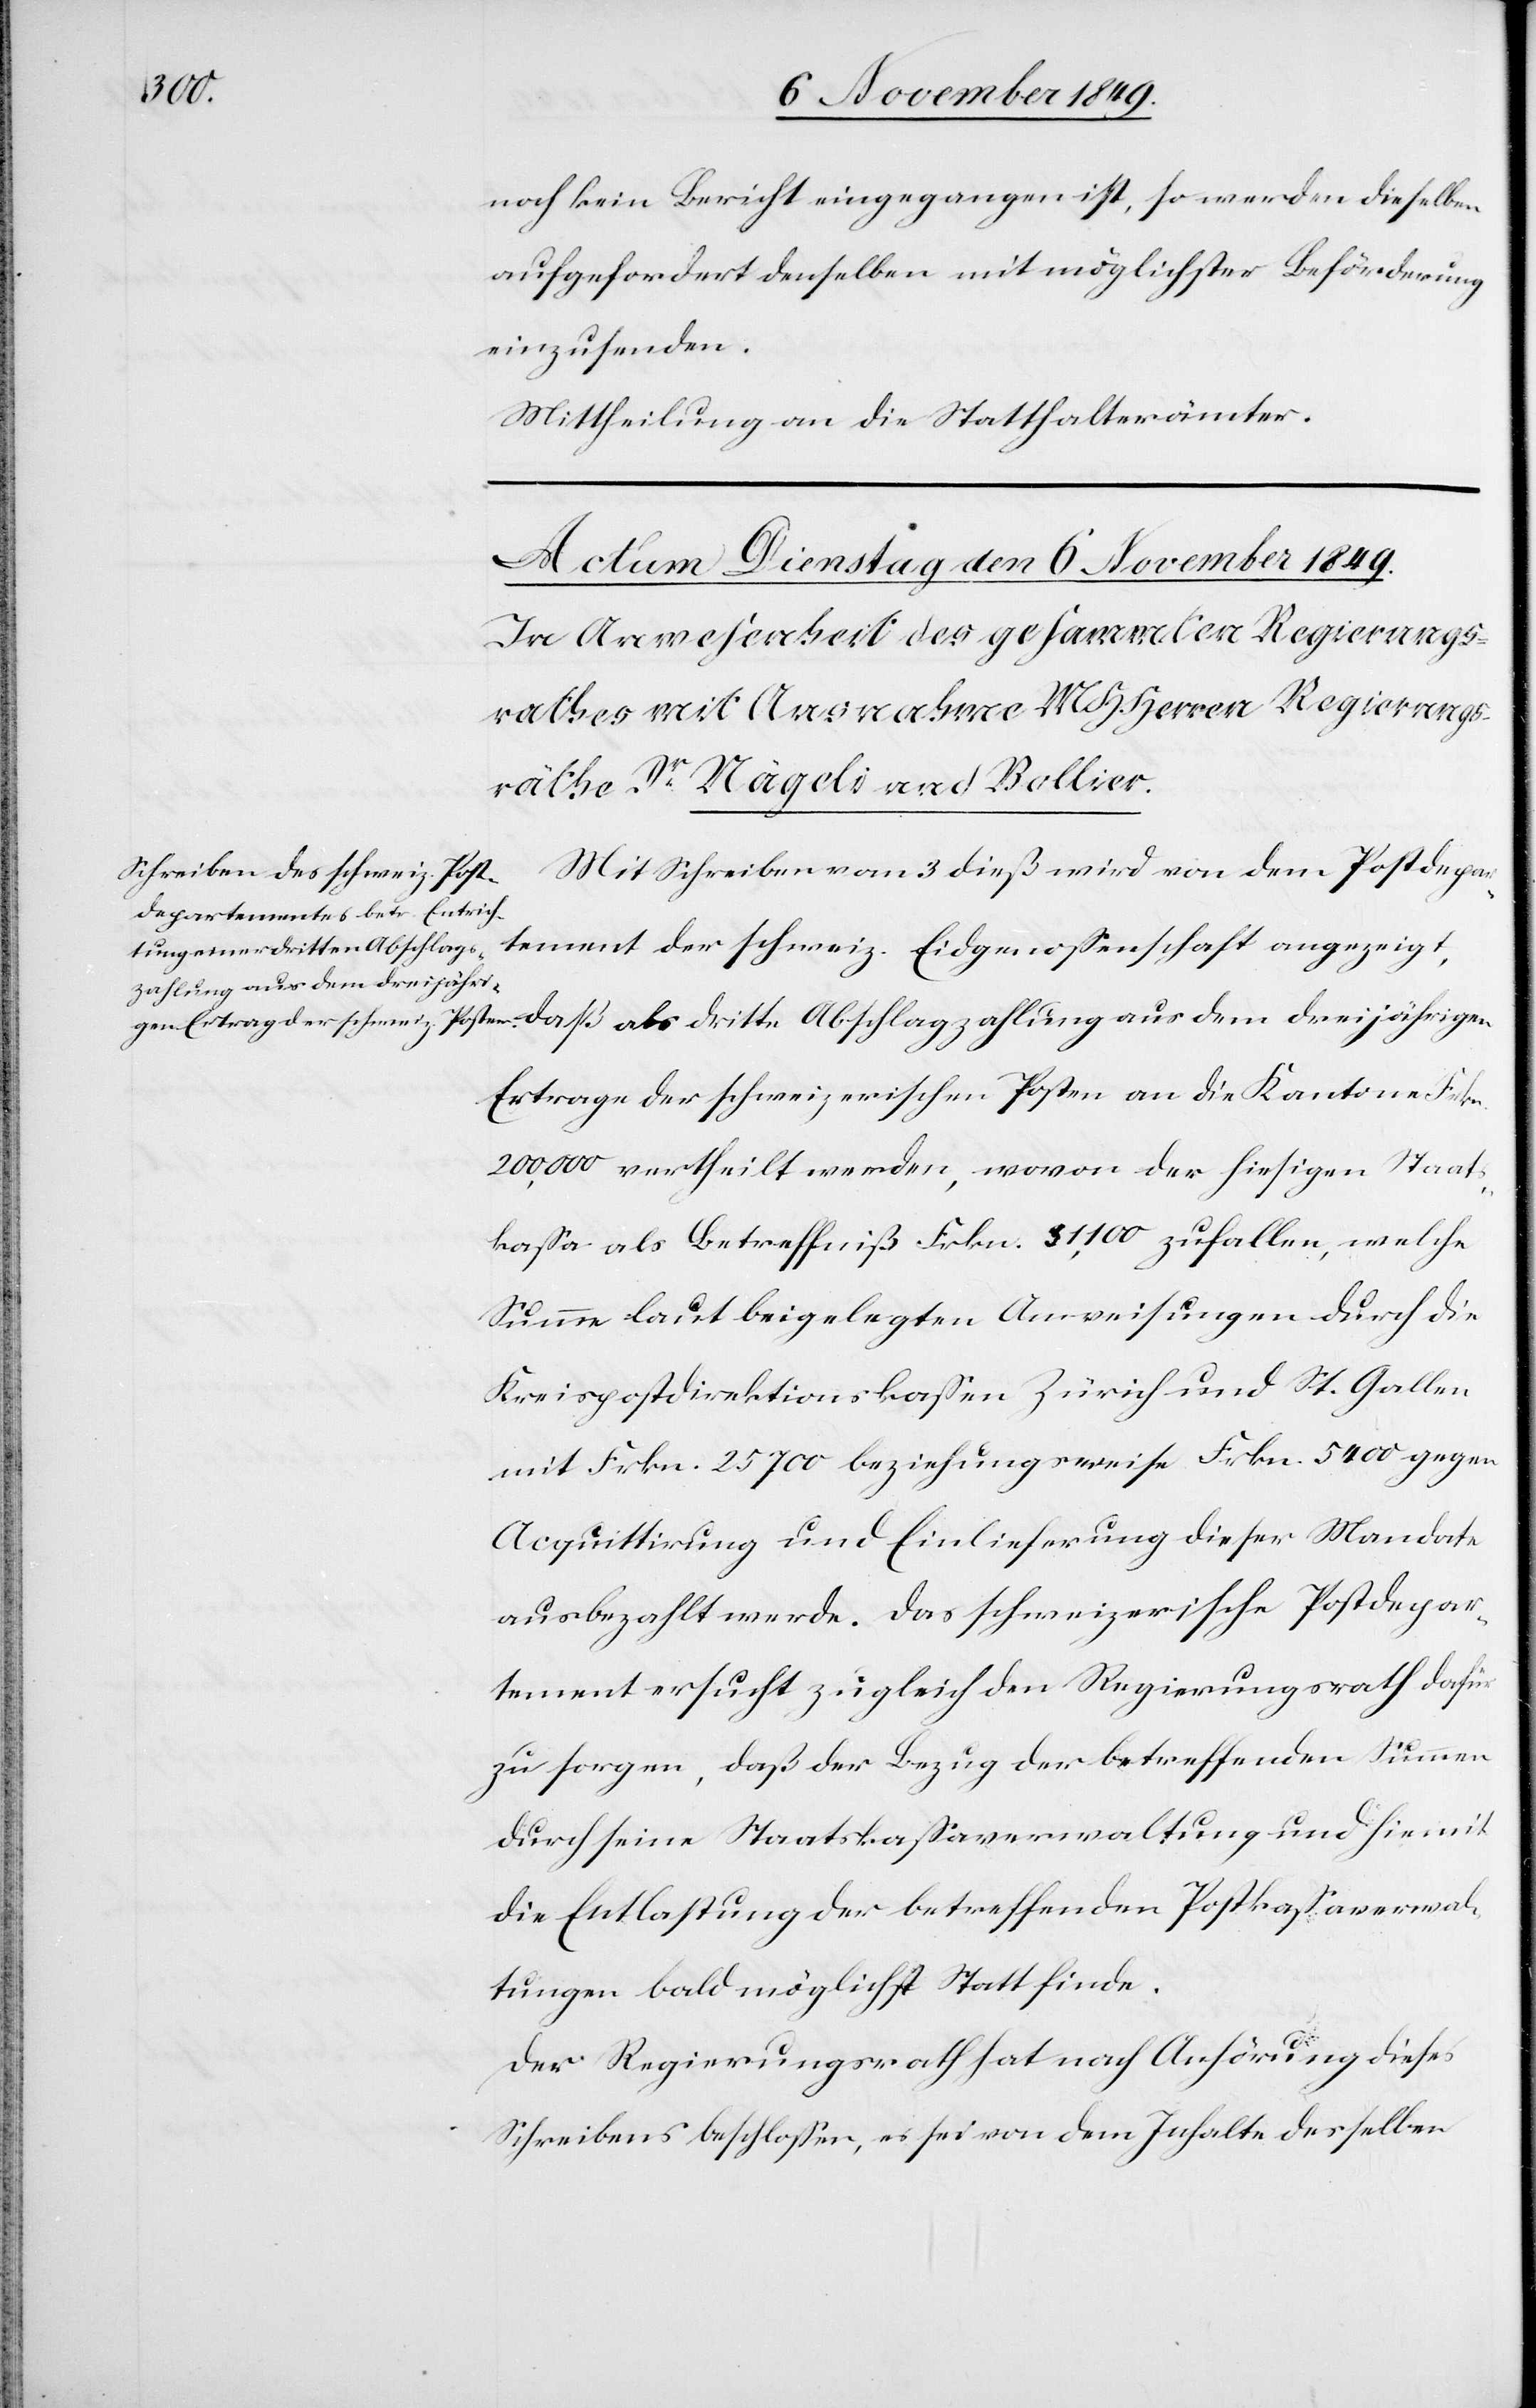
noch kein Bericht eingegangen ist, so werden dieselben
aufgefordert denselben mit möglichster Beförderung
einzusenden.
Mittheilung an die Statthalterämtern.
Mit Schreiben vom 3 dieß wird von dem Postdepar¬
lags¬
Absch¬
tement der schweiz. Eidgenossenschaft angezeigt,
zahlung aus dem diesjährigen
Ertrage der schweizerischen Posten an die Kantone Frkn.
200,000 vertheilt werden, wovon der hiesigen Staats¬
kaßa als Betreffniß Frkn. 31,100 zufallen, welche
Summe laut beigelegten Ausweisungen durch die
Kreispostdirektionskaßen in Zürich und St. Gallen
mit Frkn. 25700 beziehungsweise Frkn. 5400 gegen
Acquittirung und Einlieferung dieser Mandate
ausbezahlt werde. Das schweizerische Postdepar¬
tement ersucht zugleich den Regierungsrath dafür
zu sorgen, daß der Bezug der betreffenden Summen
durch seine Staatskaßaverwaltung und hiemit
die Entlaßung der betreffenden Postkaßaverwal¬
tungen bald möglichst Statt finde.
Der Regierungsrath hat auf die Anhörung dieses
Schreibens beschloßen, es sei von dem Inhalte desselben